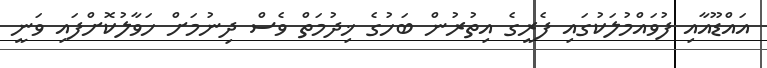
އައްޑޫއާއި ފުވައްމުލަކުގައި ފެރީގެ އިތުރުން ބަހުގެ ޚިދުމަތް ވެސް ދިނުމަށް ހަވާލުކޮށްފައި ވަނީ